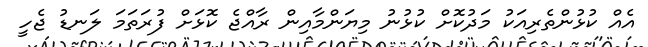
އެއް ކުޅުންތެރިއަކު މަދުކޮށް ކުޅުނު މިޔަންމާއިން ރާއްޖެ ކޮޅަށް ފުރަތަމަ ލަނޑު ޖެހީ